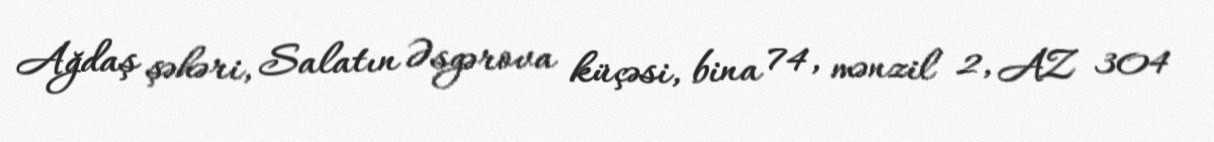
Ağdaş şəhəri, Salatın Əsgərova küçəsi, bina 74, mənzil 2, AZ 304